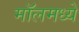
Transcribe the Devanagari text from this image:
मॉलमध्ये